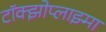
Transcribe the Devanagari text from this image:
टॉक्झोप्लाझ्मा